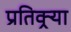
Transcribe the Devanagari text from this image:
प्रतिक्र्या